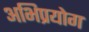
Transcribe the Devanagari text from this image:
अभिप्रयोग